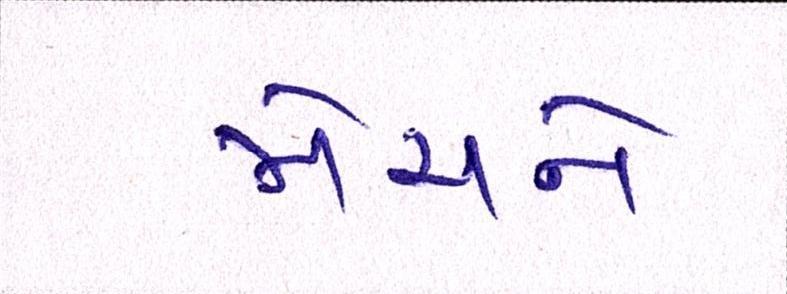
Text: મેચને